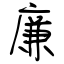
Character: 廉